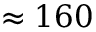
\approx 1 6 0